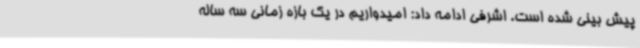
پیش بینی شده است. اشرفی ادامه داد: امیدواریم در یک بازه زمانی سه ساله